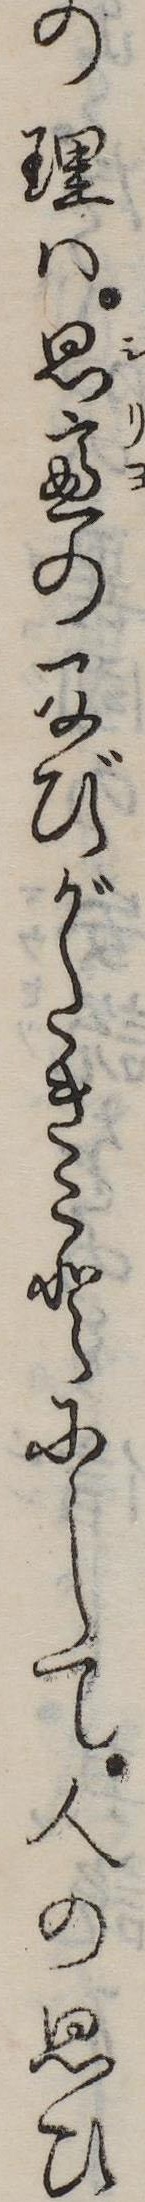
の理は思慮の及びがたきことにして人の思ひ